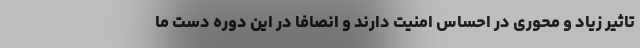
تاثیر زیاد و محوری در احساس امنیت دارند و انصافا در این دوره دست ما